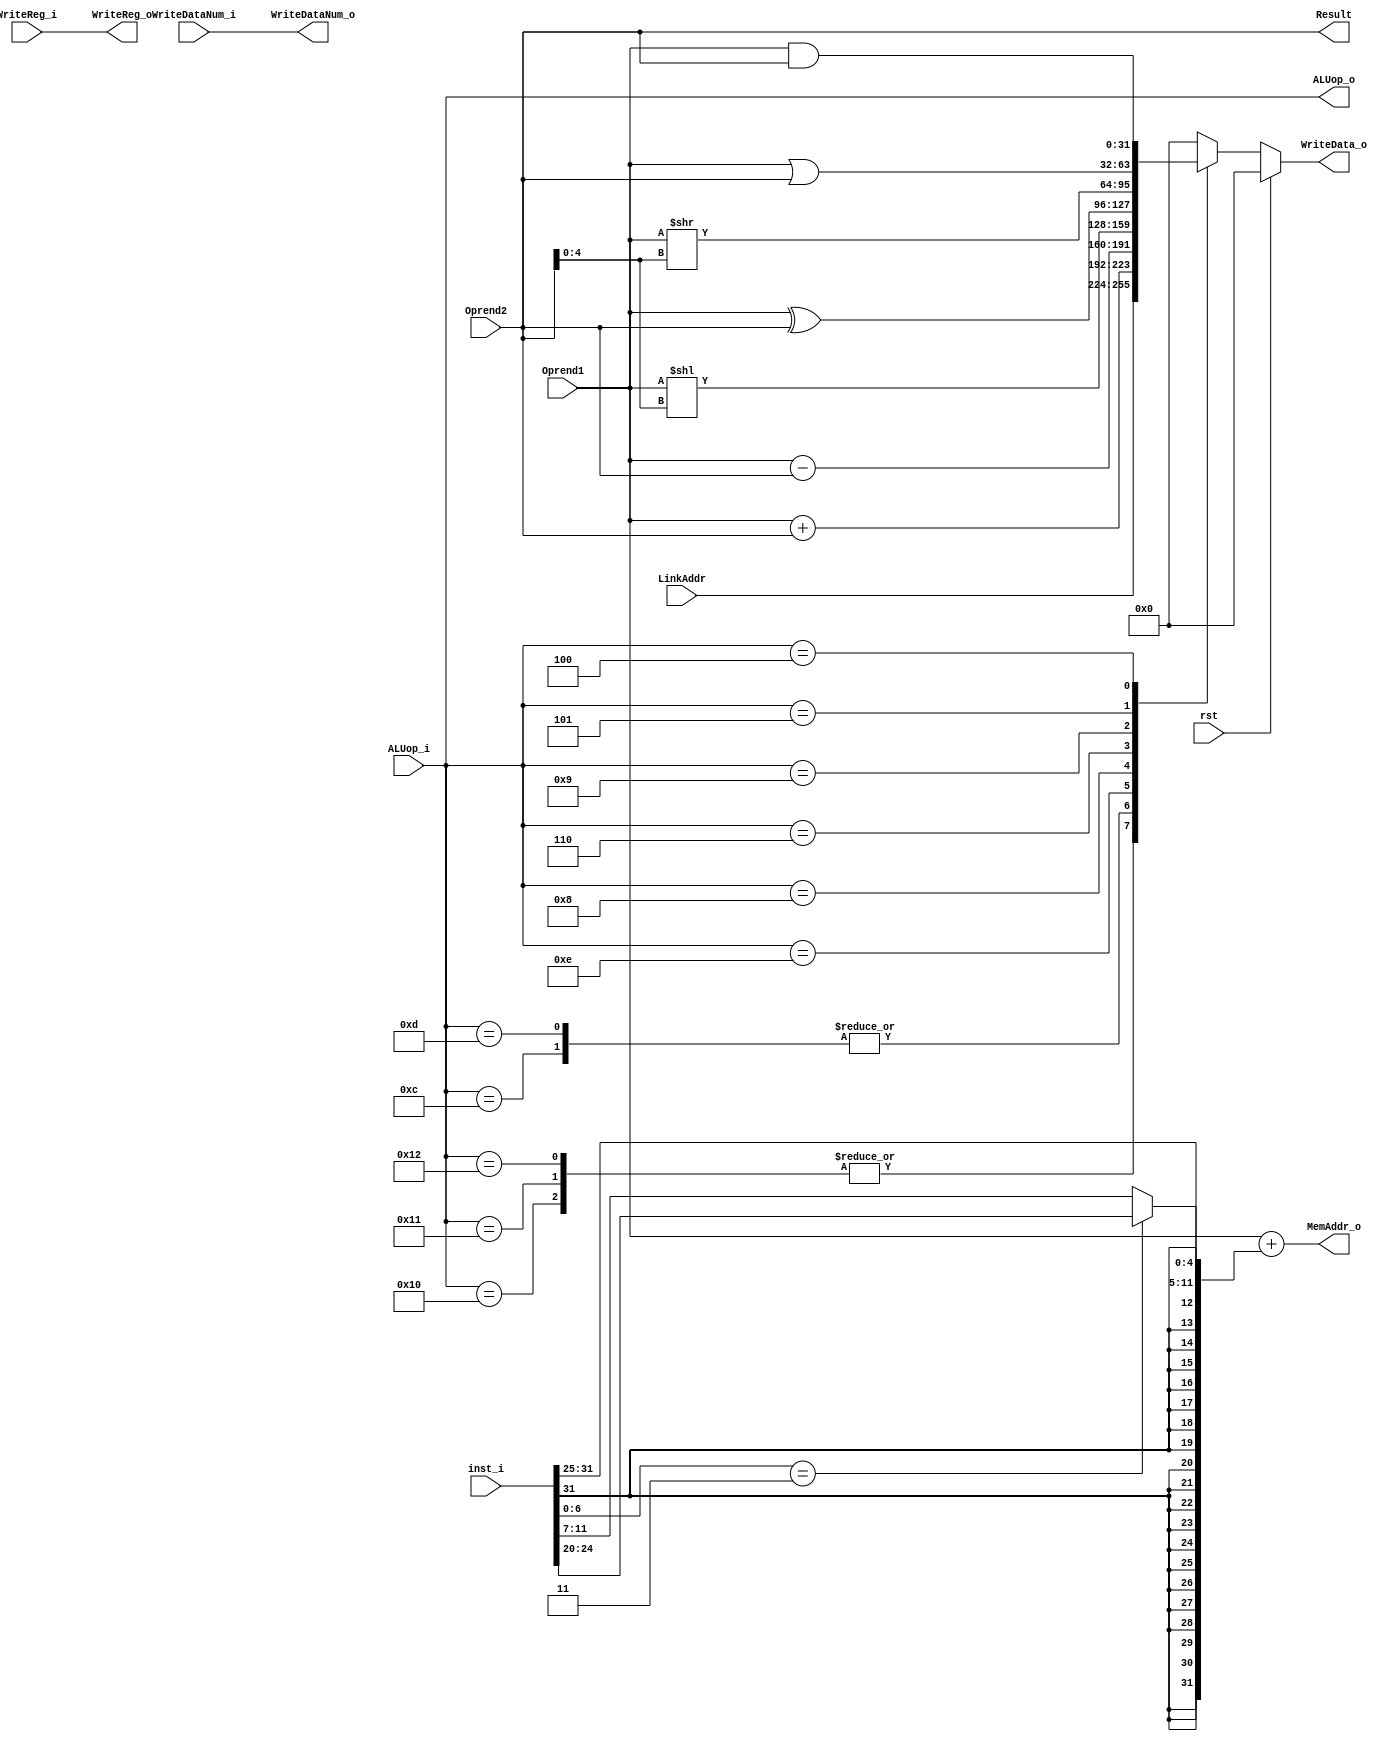
module EX(

	input	wire	    rst,
	input	wire[4:0]   ALUop_i,
    input   wire[31:0]  Oprend1,
    input   wire[31:0]  Oprend2,
    input   wire[4:0]   WriteDataNum_i,
	input 	wire		WriteReg_i,
	input	wire[31:0]  LinkAddr,
	input   wire[31:0]  inst_i,
	output	reg 		WriteReg_o,
	output	wire[4:0]	ALUop_o,
	output	reg [4:0]	WriteDataNum_o,
	output	reg [31:0]	WriteData_o,
    output  wire[31:0]  MemAddr_o,
    output  wire[31:0]  Result

    );
 
    assign ALUop_o   = ALUop_i;
    assign Result    = Oprend2;
	assign MemAddr_o = Oprend1 + ((inst_i[6:0] == 7'b0000011) ? {{20{inst_i[31:31]}}, inst_i[31:20]} : {{20{inst_i[31:31]}}, inst_i[31:25], inst_i[11:7]});


//controls the WriteDatamNum_o.
    
always @ (*) begin
    WriteDataNum_o <= WriteDataNum_i;
end


//controls the WriteReg_i.
    
always @ (*) begin
    WriteReg_o <= WriteReg_i;
end


//controls the WriteData_o.
 
always @ (*) begin
	if (rst)
		WriteData_o <= 32'b0;
	else begin
		case (ALUop_i)
		    5'b10000: WriteData_o <= LinkAddr; 					// jal
        	5'b10001: WriteData_o <= LinkAddr; 					// beq
        	5'b10010: WriteData_o <= LinkAddr; 					// blt
        	5'b10100: WriteData_o <= 32'b0; 					// lw
            5'b10101: WriteData_o <= 32'b0; 					// sw
            5'b01100: WriteData_o <= Oprend1 +  Oprend2;  		// addi
            5'b01101: WriteData_o <= Oprend1 +  Oprend2;  		// add
            5'b01110: WriteData_o <= Oprend1 -  Oprend2;  		// sub
            5'b01000: WriteData_o <= Oprend1 << Oprend2[4:0];	// sll
            5'b00110: WriteData_o <= Oprend1 ^  Oprend2; 		// xor
            5'b01001: WriteData_o <= Oprend1 >> Oprend2[4:0];  	// srl
            5'b00101: WriteData_o <= Oprend1 |  Oprend2;  		// or
            5'b00100: WriteData_o <= Oprend1 &  Oprend2;  		// and
			default:  WriteData_o <= 32'b0;
		endcase
	end
end

endmodule